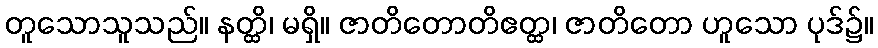
တူသောသူသည်။ နတ္ထိ၊ မရှိ။ ဇာတိတောတိဧတ္ထ၊ ဇာတိတော ဟူသော ပုဒ်၌။